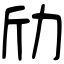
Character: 劤